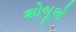
શોબૂએ